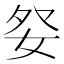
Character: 𡛹